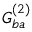
G _ { b a } ^ { ( 2 ) }